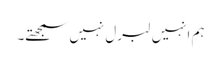
ہم انہیں لبرل نہیں سمجھتے۔